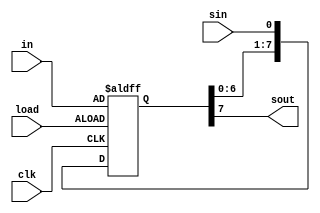
`timescale 1ns / 1ps

// Design Name: Write Verilog code for an 8-bit shift-left register with a positive-edge clock, an asynchronous parallel load, a serial in and a serial out.

module Example25(sout, sin, in, clk, load);
output sout;
input sin,clk,load;
input[7:0]in;
reg [7:0]temp;

always @(posedge clk or posedge load)

begin 

if(load)
begin
temp=in;
end

else

begin
temp = temp<<1;
temp[0]=sin;
end

end

assign sout = temp[7];

endmodule